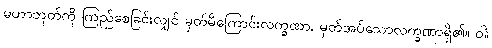
မဟာဘုတ်ကို ကြည်စေခြင်းလျှင် မှတ်မိကြောင်းလက္ခဏာ, မှတ်အပ်သောလက္ခဏာရှိ၏။ ဝါ၊